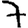
Digit: 7